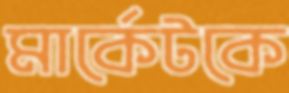
মার্কেটকে